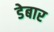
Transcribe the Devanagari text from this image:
डेबार